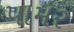
પામર